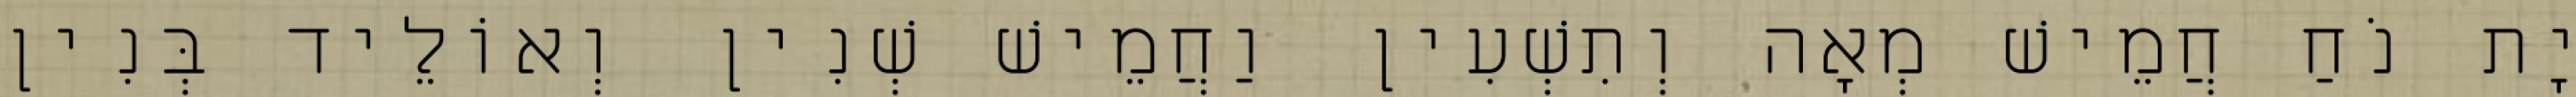
יָת נֹחַ חֲמֵישׁ מְאָה וְתִשְׁעִין וַחֲמֵישׁ שְׁנִין וְאוֹלֵיד בְּנִין